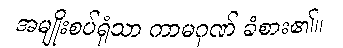
အမျိုးစပ်ရုံသာ ကာမဂုဏ် ခံစား၏။